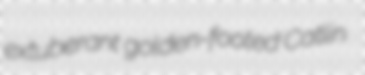
extuberant golden-footed Catlin